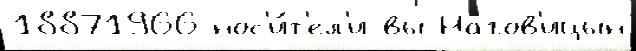
18871966 нос'и́т'ел'и вы Нагов'ицын